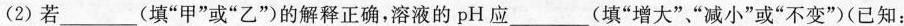
(2)若___(填”甲”或”乙”)的解释正确，溶液的pH应__(填”增大””减小”或”不变”(已知：